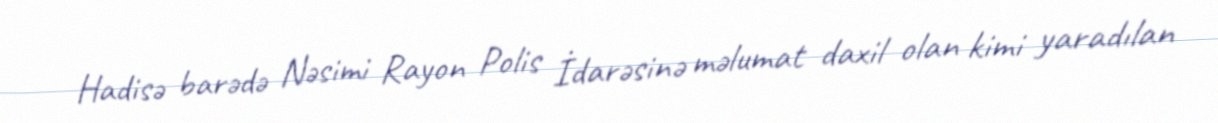
Hadisə barədə Nəsimi Rayon Polis İdarəsinə məlumat daxil olan kimi yaradılan